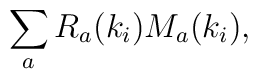
\sum_a R_a (k_i) M_a (k_i),